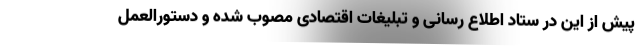
پیش از این در ستاد اطلاع رسانی و تبلیغات اقتصادی مصوب شده و دستورالعمل